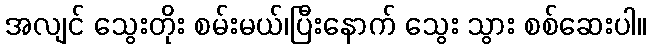
အလျင် သွေးတိုး စမ်းမယ်၊ပြီးနောက် သွေး သွား စစ်ဆေးပါ။